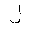
Letter: _lam